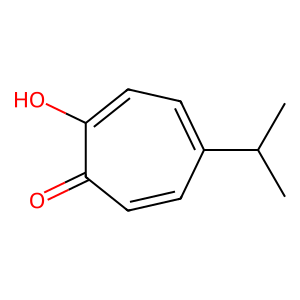
SMILES: CC(C)c1ccc(O)c(=O)cc1
Inhibits HIV replication: No